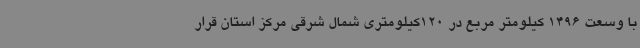
با وسعت 1496 کیلومتر مربع در 120کیلومتری شمال شرقی مرکز استان قرار